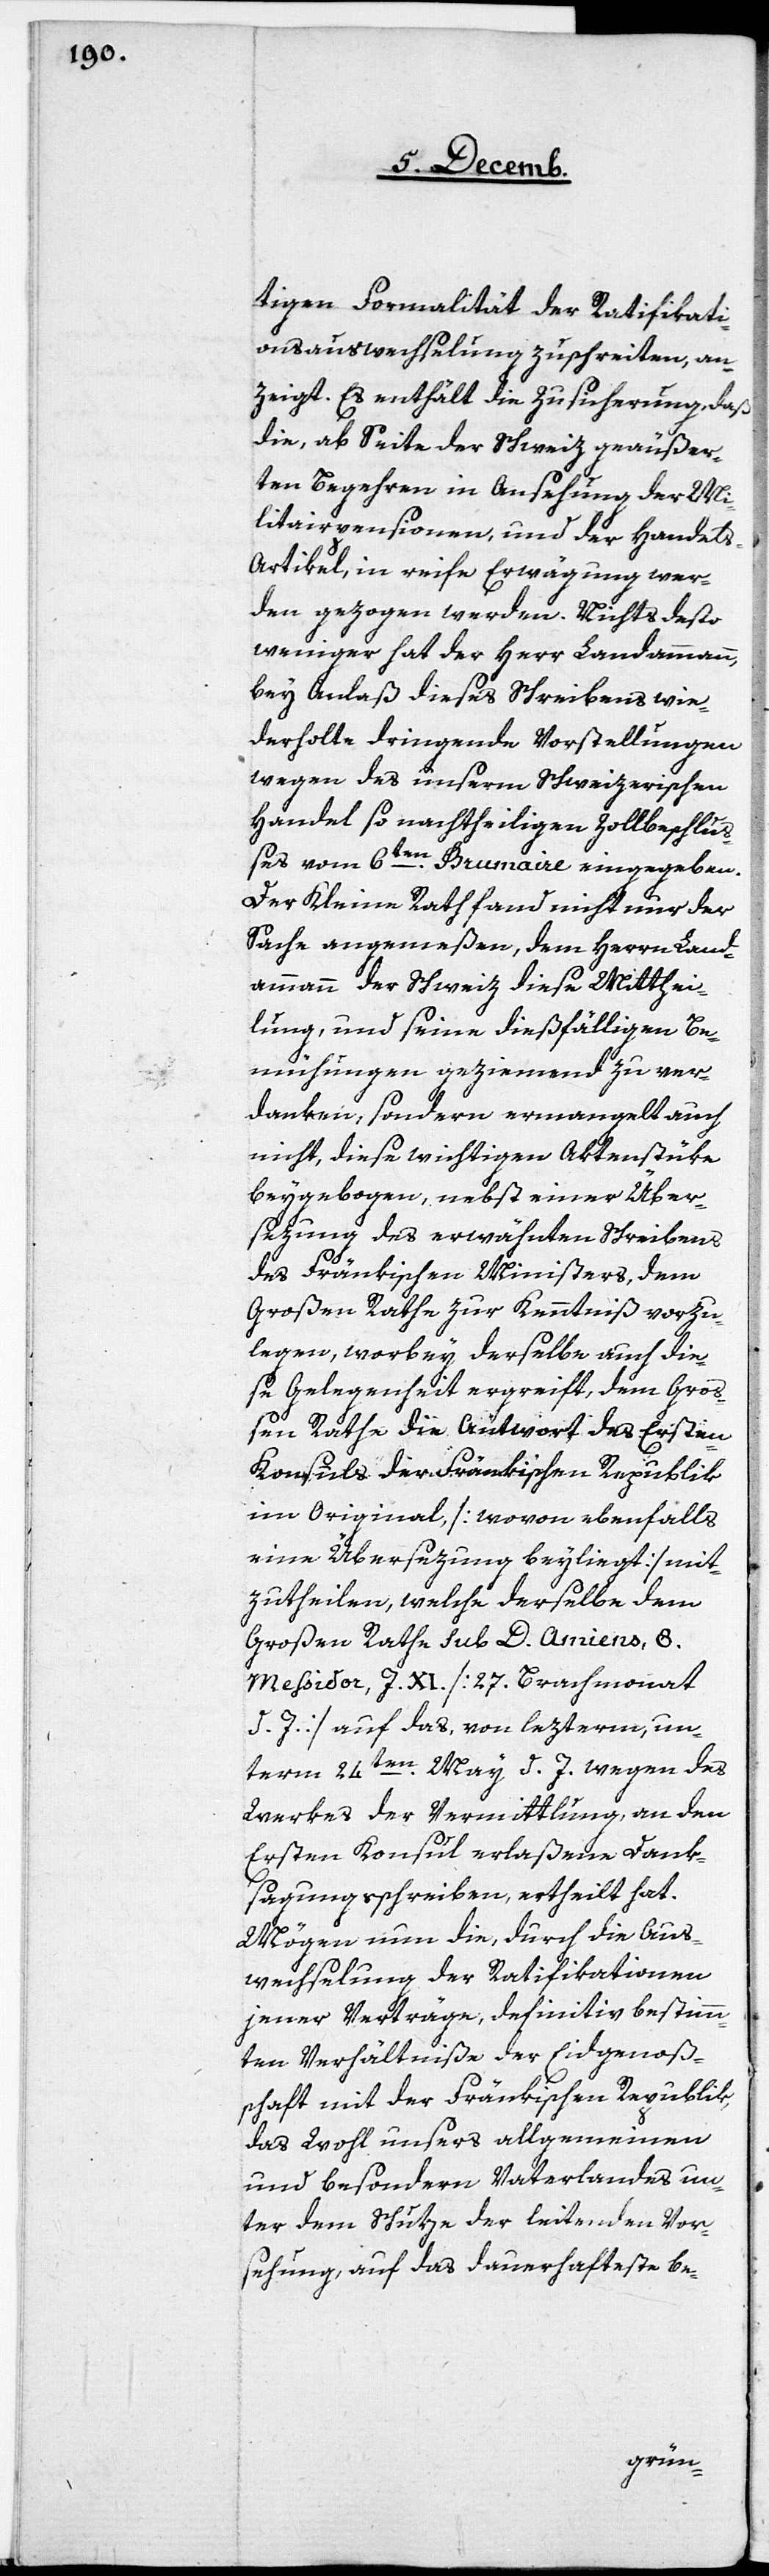
tigen Formalität der Ratifikati¬
onsauswechselung zuschreiten, an¬
zeigt. Es enthält die Zusicherung, daß
die, ab Seite der Schweiz geäußer¬
ten Begehren in Ansehung der Mi¬
litairpensionen, und der Handels-A¬
rtikel, in reife Erwägung wer¬
den gezogen werden. Nichts desto
weniger hat der Herr Landammann,
bey Anlaß dieses Schreibens wie¬
derholte dringende Vorstellungen
wegen des unserm Schweizerischen
Handel so nachtheiligen Zollbeschluß¬
es vom 6ten. Brumaire eingegeben.
Der Kleine Rath fand nicht nur der
Sache angemeßen, dem Herrn Land¬
ammann der Schweiz diese Mitthei¬
lung, und seine dießfälligen Be¬
mühungen geziemend zu ver¬
danken, sondern ermangelt auch
nicht, diese wichtigen Aktenstüke
beygebogen, nebst einer Über¬
sezung des erwähnten Schreibens
des Fränkischen Ministers, dem
Großen Rathe zur Kenntniß vorzu¬
legen, worbey derselbe auch die¬
se Gelegenheit ergreift, dem Groß¬
en Rathe die Antwort des Ersten
Konsuls der Fränkischen Republik
im Original [wovon ebenfalls
eine Übersezung beyliegt] mit¬
zutheilen, welche derselbe dem
großen Rathe sub D. Amiens, 8.
Messidor, J. XI. [27. Brachmonat
d. J.] auf das, von lezterm, un¬
term 24ten. May d. J. wegen des
Werkes der Vermittlung, an den
Ersten Konsul erlaßene Dank¬
sagungsschreiben, ertheilt hat.
Mögen nun die, durch die Aus¬
wechslung der Ratifikationen
jener Verträge, definitiv bestimm¬
ten Verhältniße der Eidgenoß¬
schaft mit der Fränkischen Republik,
das Wohl unsers allgemeinen
und besondern Vaterlandes un¬
ter dem Schuze der leitenden Vor¬
sehung, auf das dauerhafteste be-